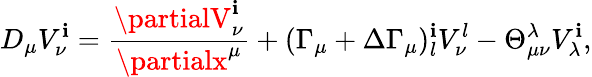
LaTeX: D_{\mu}V_{\nu}^{\mathbf{i}}=\frac{{\partialV_{\nu}^{\mathbf{i}}}}{{\partialx^{\mu}}}+(\Gamma_{\mu}+\Delta\Gamma_{\mu})_{l}^{\mathbf{i}}V_{\nu}^{l}-\Theta_{\mu\nu}^{\lambda}V_{\lambda}^{\mathbf{i}},